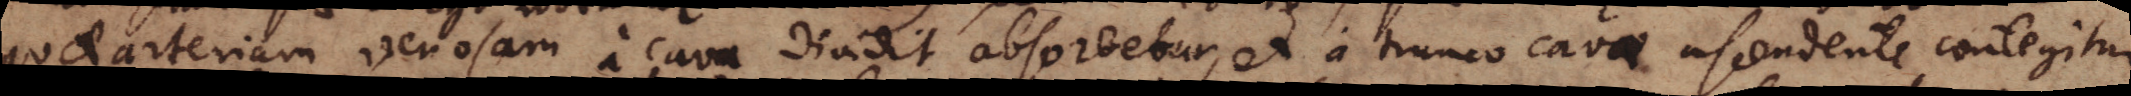
quae arteriam venosam a cava dividit absorbetur, et a trunco cavae ascendente contegitur.